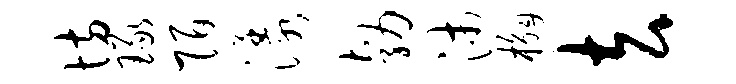
坊琢陌漾勃沛槲去